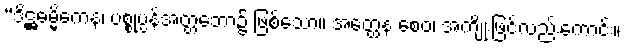
“ဒိဋ္ဌဓမ္မိကေန၊ ပစ္စုပ္ပန်အတ္တဘော၌ ဖြစ်သော။ အတ္ထေန စေဝ၊ အကျိုးဖြင့်လည်းကောင်း။